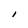
Character: l